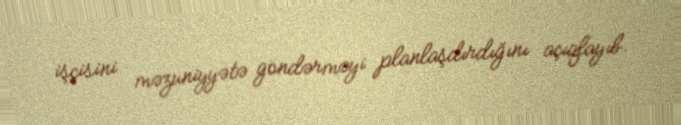
işçisini məzuniyyətə göndərməyi planlaşdırdığını açıqlayıb.